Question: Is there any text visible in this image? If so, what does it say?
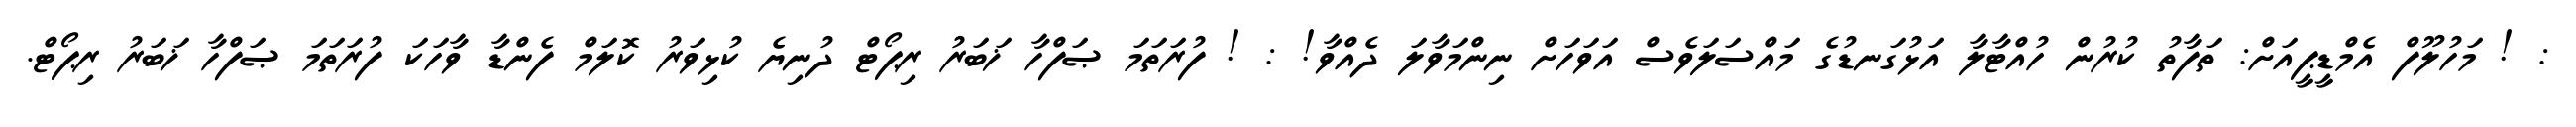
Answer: : ! މަހުލޫފް އެމްޑީޕީއަށް: ތަފާތު ކުރުން ހުއްޓާލާ އަޅުގަނޑުގެ މައްސަލަވެސް އަވަހަށް ނިންމަވާލަ ދެއްވާ! : ! ފުރަތަމަ ޞަފްހާ ޚަބަރު ރިޕޯޓް ދުނިޔެ ކުޅިވަރު ކޮލަމް ފެންޑާ ވާހަކަ ފުރަތަމަ ޞަފްހާ ޚަބަރު ރިޕޯޓް.